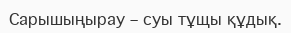
Сарышыңырау – суы тұщы құдық.